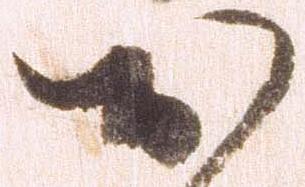
お